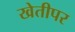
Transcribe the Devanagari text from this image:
खेतीपर